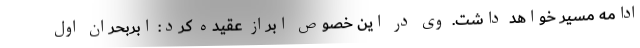
ادامه مسیر خواهد داشت. وی در این خصوص ابراز عقیده کرد: ابربحران اول